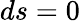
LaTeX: ds=0